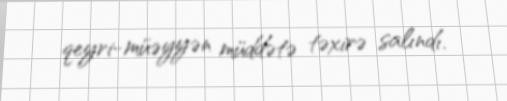
qeyri-müəyyən müddətə təxirə salındı.